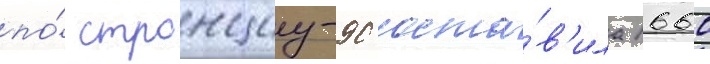
по́ стронциу-90 соста́в'ила 1660